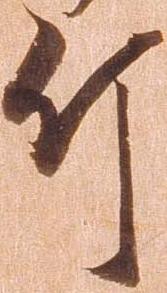
斤